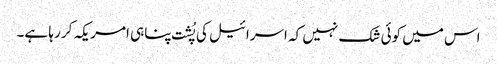
اس میں کوئی شک نہیں کہ اسرائیل کی پُشت پناہی امریکہ کر رہا ہے۔